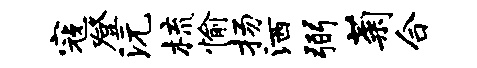
寇登沅梳愉扬洒弼菊合